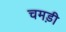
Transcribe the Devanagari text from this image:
चमड़ी